Vaike-Kopu_(Puiatu)_vallavalitsus, lk 41
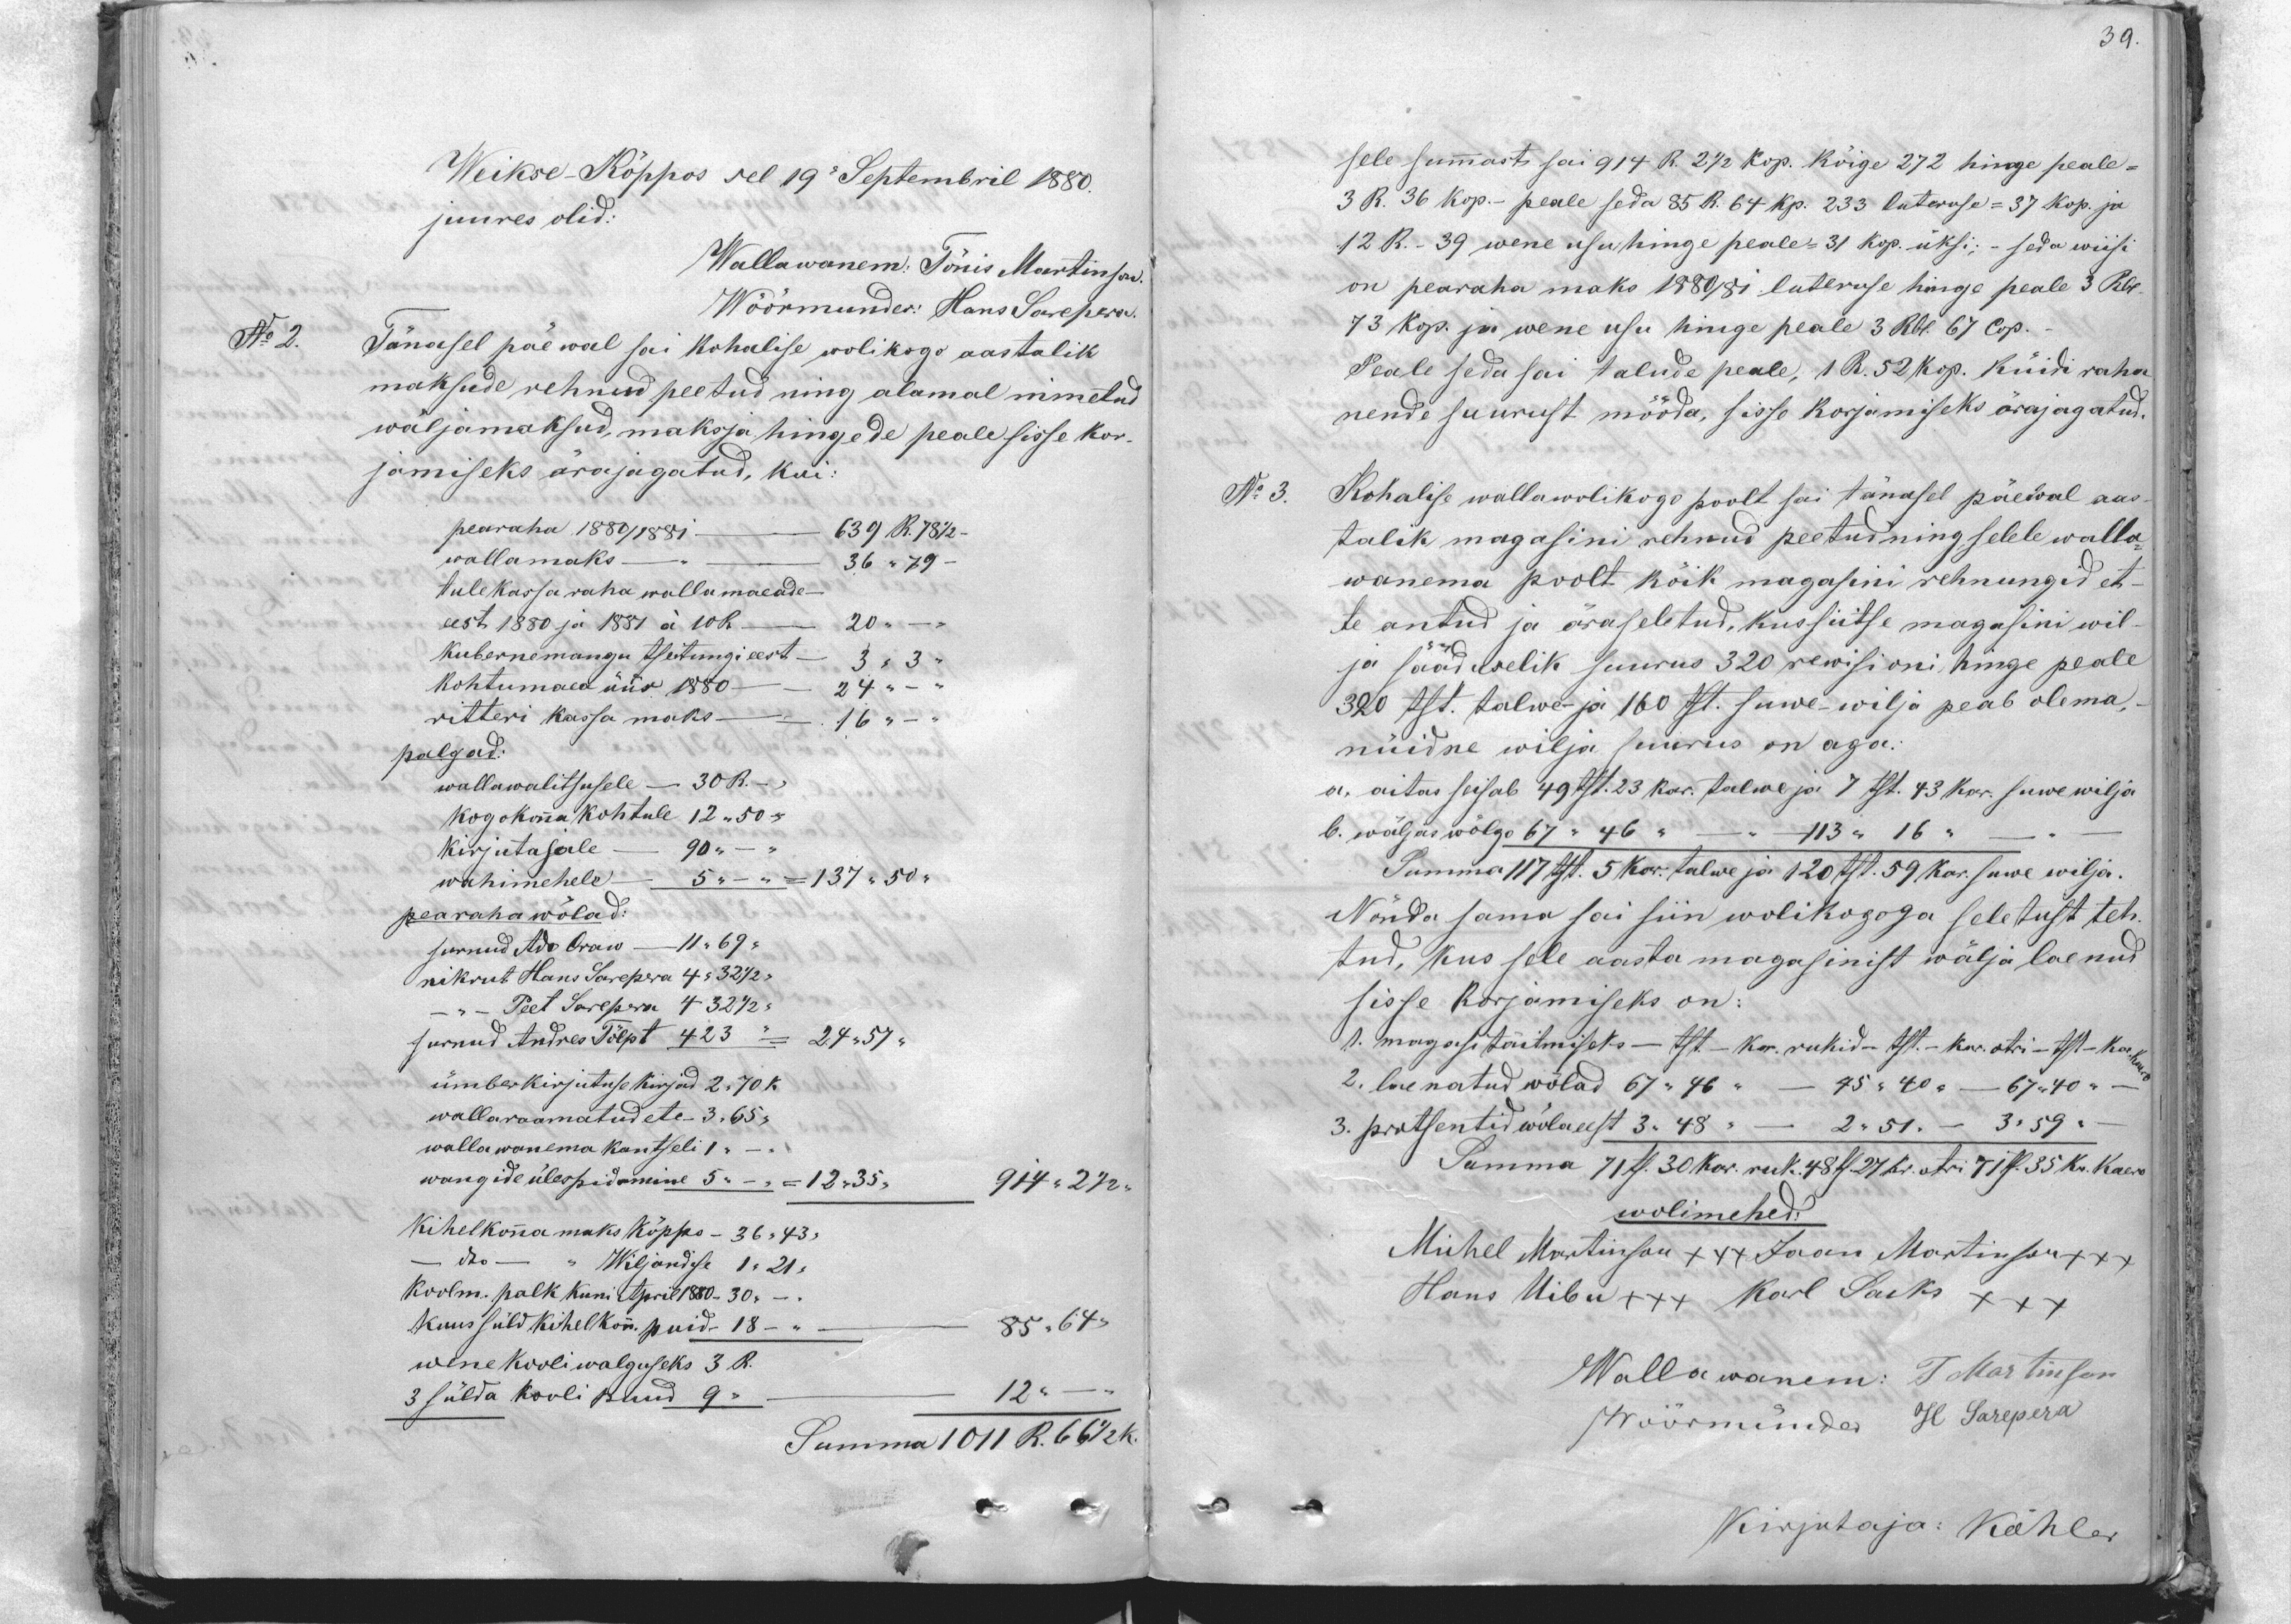
39.

Weikse-Köppos sel 19. Septembril 1880.
juures olid:
Wallawanem: Tönis Martinson.
Wöörmünder: Hans Sarepera.
Nr 2. Tänasel päewal sai kohalise wolikogo aastalik
maksude rehnud peetud ning alamal nimetud
wäljamaksud, maksja hingede peale sisse kor-
jamiseks ärajagatud, kui:
pearaha 1880/1881 - 639 R.78 1/2
wallamaks - 36 " 79 -
tulekassa raha wallamaeade -
eest 1880 ja 1881 á 10 R      - 20 " -
Kubernemangu tseitungi eest- 3 "  3 "
kohtumaea üür 1880      24 "
ritteri kassa maks 16 "
palgad:
wallawalitsusele - 30 R. -
kogokonna kohtule 12 "50 "
kirjutajale - 90 " -
wahimehele 5 " - = 137 " 50 "
pearaha wõlad:
surnud Ado Oraw - 11" 69 "
nikrut Hans Sarepera 4 " 32 1/2 "
-" - Peet Sarepera 4 " 32 1/2 "
surnud Andres Tõlpt 423 "     24 " 57 "
ümberkirjutuse kirjad 2" 70 k.
wallaraamatud ete 3 " 65 "
wallawanema kantseli 1" - "
wangide ülespidamine 5  " - ", =12 " 35          - 914 = 27 "
Kihelkona maks Köppo - 36 "43 "
- "  - Wiljandise 1 " 21 "
Koolm. palk kuni April 1880 - 30 " - "
kuus süld kihelkonn puid 18 - "      85 " 64"
wene kooliwalguseks 3 R.
3 sülda kooli puud 9 -12a -
Summa1011 R. 66 /2 k.

sele summast sai 914 R. 2 1/2 kop. kõige 272 hinge peale-
3 R. 36 kop.- peale seda 85 R. 64 kp. 233 luteruse = 37 kop. ja
12 R. - 39 wene usu hinge peale = 31 kop. üksi; - seda wiisi
on pearaha maks 1880/81. luteruse hinge peale 3 Rbl
73 kop. ja wene usu hinge peale 3 Rbl. 67 Cop.
Peale seda sai talude peale, 1 R. 52 kop. küidi raha
nende suurust mööda, sisse korjamiseks ärajagatud.
No 3.
Kohalise wallawolikogu poolt sai tänasel päewal aas-
talik magasini rehnud peetud ning selele walla-
wanema poolt kõik magasin rehnungid et-
te antud ja äraseletud, kus siitse magasini wil-
ja sääduselik suurus 320 rewisi oni hinge peale
320 tst. talwe- ja 160tst. suwe-wilja peab olema,
nüidne wilja suurus on aga:
a. aitas seisab 49 tst. 23 kar. talwe ja 7 tst. 43 kar. suwe wilja
b. wäljas wõlgo 67 " 46 "     - 113 " 16 "
Summa 117 tst. 5 kar. talwe ja 120 tst. 59 kar. suwe wilja.
Nõnda sama sai siin wolikogoga seletust teh-
tud, kus sele aasta magasinist wälja laenud
sisse korjamiseks on.
1. magasi täitmiseks - tst - kar. rukid - tst. kar. otri - tst- kar kaero
2. launatud wölad 67 " 46 " - 45 "40 " - 67 " 40 "
3. protsentid wöla eest 3" 48 " - 2"51. - 3"59 "
Summa 71 ts. 30 kar. ruk. 48 ts. 27 kr. otri. 71 ts. 35 k.r kaero
wolimehed
Michel Martinson +++ Jaan Martinson xxx
Hans Uibu +++ Karl Sacks +++
Wallawanem: T Martinson
Möörmünder H Sarepera
Kirjutaja: Köhler